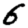
Digit: 6